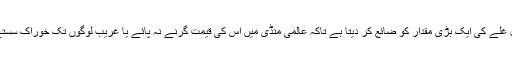
یورپ و امریکہ ہر سال غلے کی ایک بڑی مقدار کو ضائع کر دیتا ہے تاکہ عالمی منڈی میں اس کی قیمت گرنے نہ پائے یا غریب لوگوں تک خوراک سستے داموں نہ پہنچ سکے۔